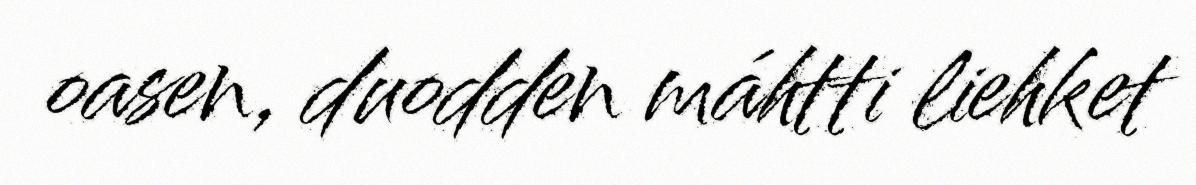
oasen, duodden máhtti liehket